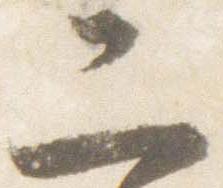
二